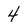
Character: 4